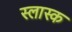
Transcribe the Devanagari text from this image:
स्लास्क